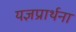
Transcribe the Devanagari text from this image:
यज्ञप्रार्थना